Annual report on the lock hospitals of the Madras Presidency
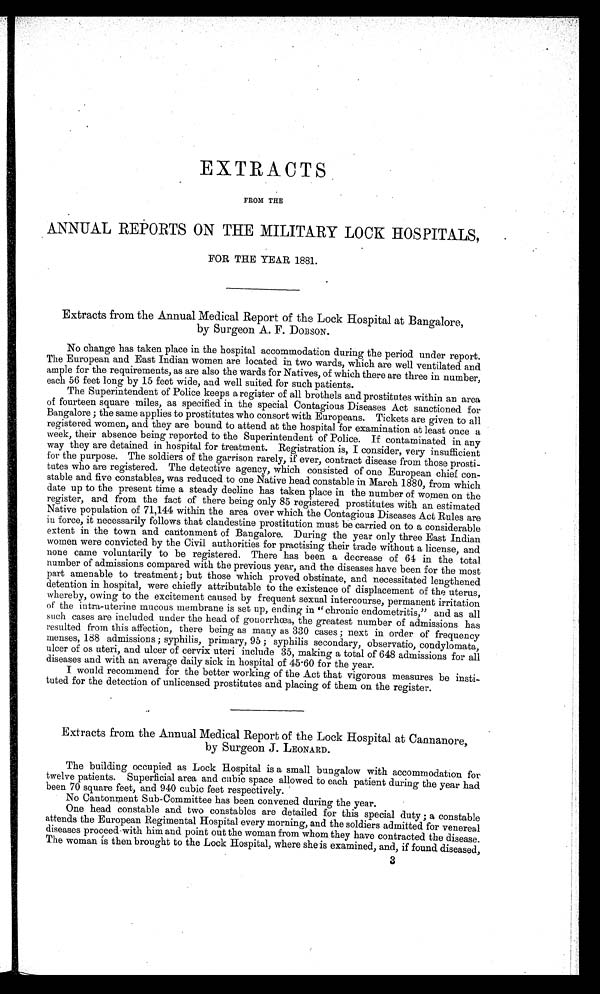
EXTRACTS
FROM THE
ANNUAL REPORTS ON THE MILITARY LOCK HOSPITALS,
FOR THE YEAR 1881.
Extracts from the Annual Medical Report of the Lock Hospital at Bangalore,
by Surgeon A. F. DOBSON.
No change has taken place in the hospital accommodation during the period under report.
The European and East Indian women are located in two wards, which are well ventilated and
ample for the requirements, as are also the wards for Natives, of which there are three in number,
each 56 feet long by 15 feet wide, and well suited for such patients.
The Superintendent of Police keeps a register of all brothels and prostitutes within an area
of fourteen square miles, as specified in the special Contagious Diseases Act sanctioned for
Bangalore ; the same applies to prostitutes who consort with Europeans. Tickets are given to all
registered women, and they are bound to attend at the hospital for examination at least once a
week, their absence being reported to the Superintendent of Police. If contaminated in any
way they are detained in hospital for treatment. Registration is, I consider, very insufficient
for the purpose. The soldiers of the garrison rarely, if ever, contract disease from those prosti-
tutes who are registered. The detective agency, which consisted of one European chief con-
stable and five constables, was reduced to one Native head constable in March 1880, from which
date up to the present time a steady decline has taken place in the number of women on the
register, and from the fact of there being only 85 registered prostitutes with an estimated
Native population of 71,144 within the area over which the Contagious Diseases Act Rules are
in force, it necessarily follows that clandestine prostitution must be carried on to a considerable
extent in the town and cantonment of Bangalore. During the year only three East Indian
women were convicted by the Civil authorities for practising their trade without a license, and
none came voluntarily to be registered. There has been a decrease of 61 in the total
number of admissions compared with the previous year, and the diseases have been for the most
part amenable to treatment ; but those which proved obstinate, and necessitated lengthened
detention in hospital, were chiefly attributable to the existence of displacement of the uterus
, whereby, owing to the excitement caused by frequent sexual intercourse, permanent irritation
of the intra-uterine mucous membrane is set up, ending in "chronic endometritis," and as all
such cases are included under the head of gonorrhœa, the greatest number of admissions has
resulted from this affection, there being as many as 330 cases ; next in order of frequency
menses, 188 admissions ; syphilis, primary, 95 ; syphilis secondary, observatio, condylomata,
ulcer of os uteri, and ulcer of cervix uteri include 35, making a total of 648 admissions for all
diseases and with an average daily sick in hospital of 45.60 for the year.
I would recommend for the better working of the Act that vigorous measures be insti-
tuted for the detection of unlicensed prostitutes and placing of them on the register.
Extracts from the Annual Medical Report of the Lock Hospital at Cannanore,
by Surgeon J. LEONARD.
The building occupied as Lock Hospital is a small bungalow with accommodation for
twelve patients. Superficial area and cubic space allowed to each patient during the year had
been 70 square feet, and 940 cubic feet respectively.
No Cantonment Sub-Committee has been convened during the year.
One head constable and two constables are detailed for this special duty ; a constable
attends the European Regimental Hospital every morning, and the soldiers admitted for venereal
diseases proceed with him and point out the woman from whom they have contracted the disease.
The woman is then brought to the Lock Hospital, where she is examined, and, if found diseased,
3